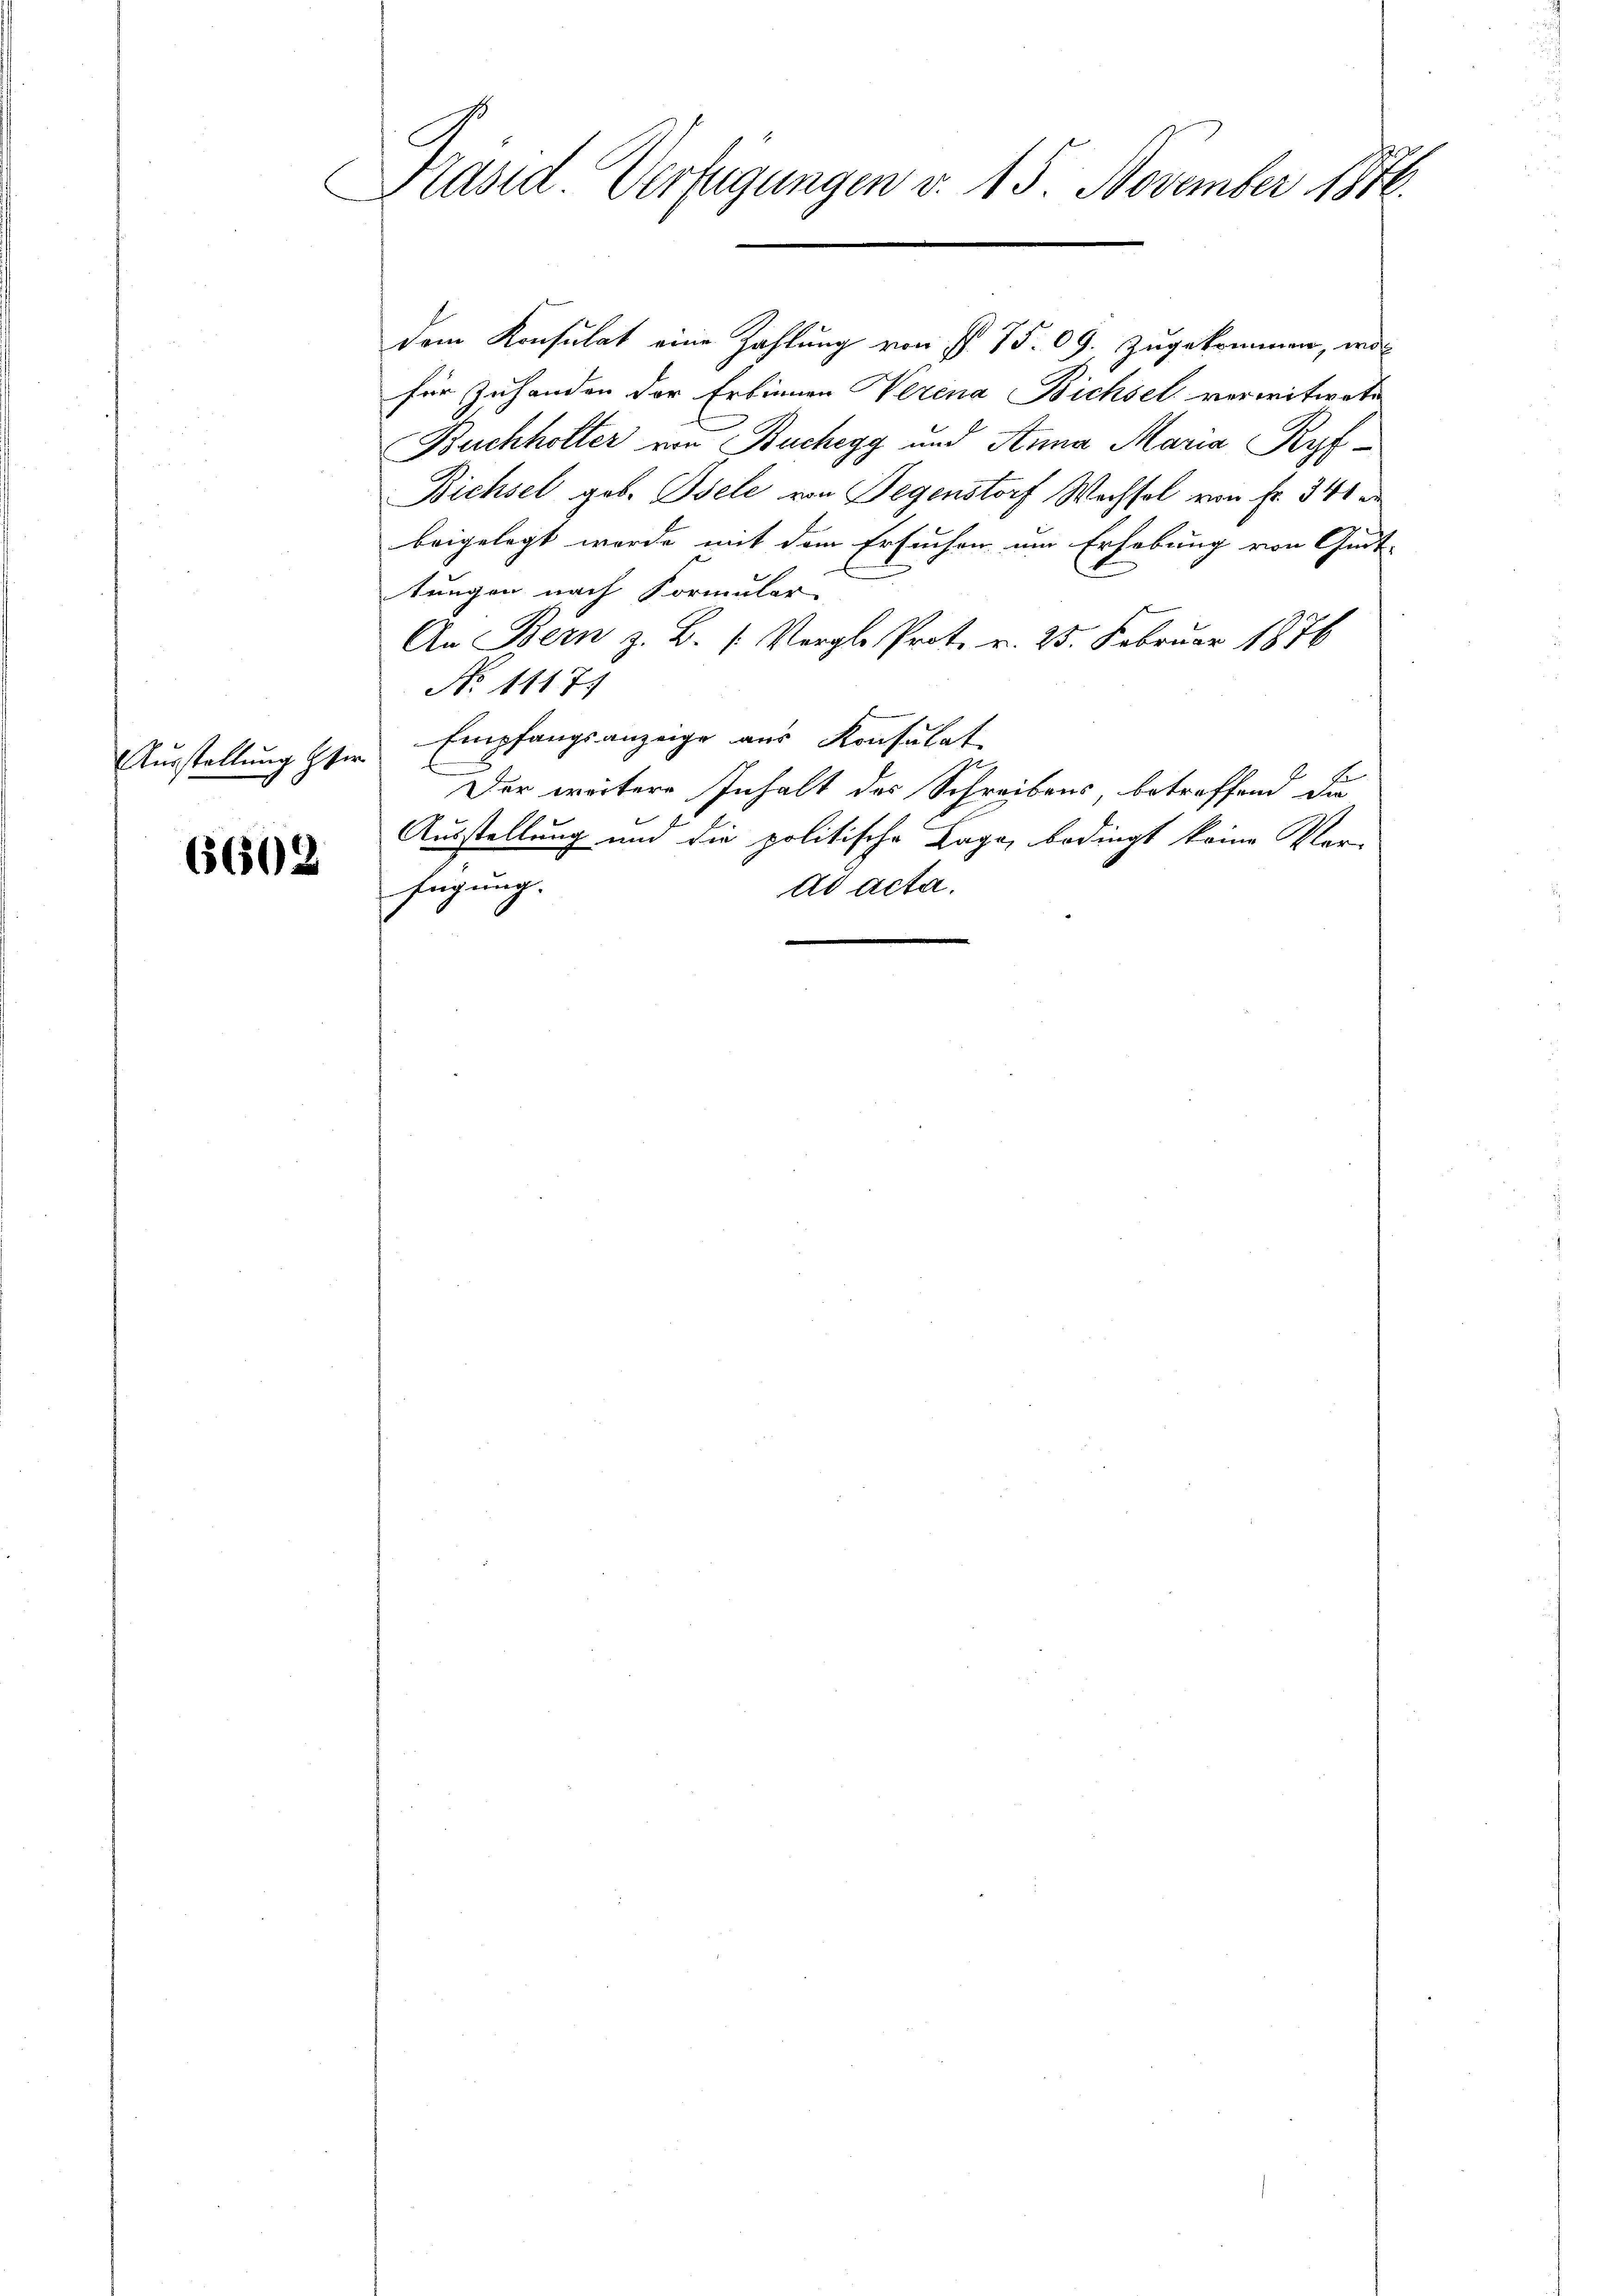
Ausstellung Ger

6602

C
Präsid. Verfügungen v. 15. November 1810.

dem Konsulat eine Zahlung von § 75. 09. zugekommen, wo
für Zuhanden der Erbinnen Werena Bichsel verwitweten
Buchholter von Buchegg und Anna Maria Kyf¬
Bichsel geb. Isele von Gegenstorf Wachsel von Fr. 341 d
beigelegt werde mit dem Ersuchen um Erhebung von Gut-
tungen nach Formular
An Bern z. B. 1. Vergl. Prot. v. 25. Februar 1876
No 1117.
Empfangsanzeige aus Konsulat
Der weitere Inhalt des Schreibens, betreffend die
Ausstellung und die politische Lage, bedingt keine Vorfügung.
ad acta.